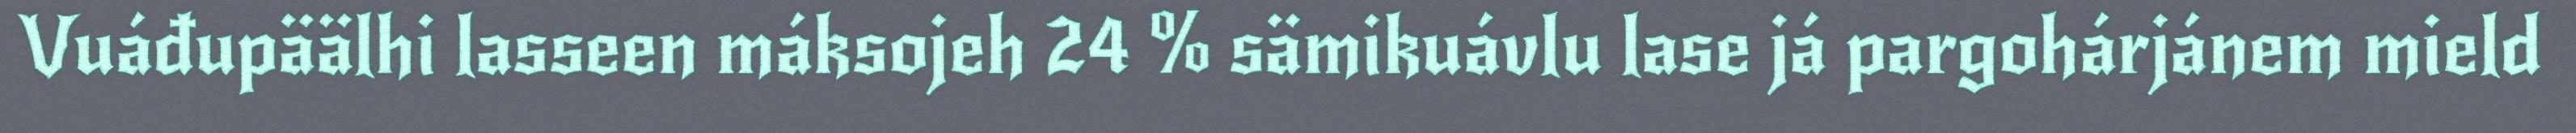
Vuáđupäälhi lasseen máksojeh 24 % sämikuávlu lase já pargohárjánem mield